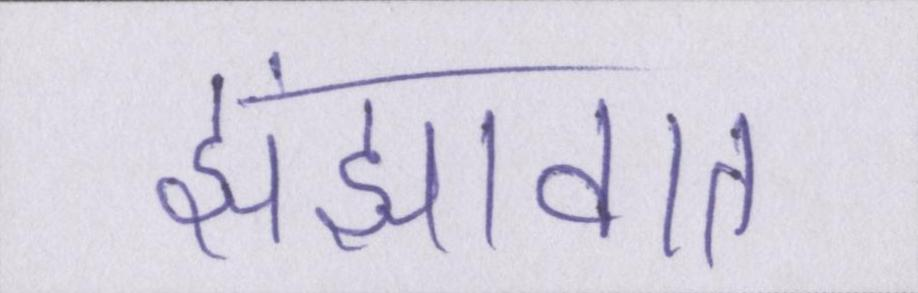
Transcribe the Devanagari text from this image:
झंझावात